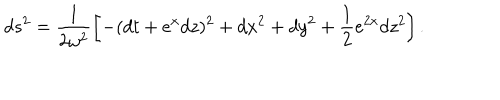
d s ^ { 2 } = \frac 1 { 2 \omega ^ { 2 } } \left[ - ( d t + e ^ { x } d z ) ^ { 2 } + d x ^ { 2 } + d y ^ { 2 } + \frac 1 2 e ^ { 2 x } d z ^ { 2 } \right] .